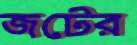
জটের